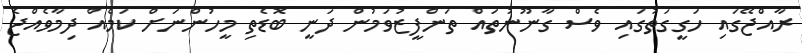
ރާއްޖޭގައި ހަގީގަތުގައި ވެސް ގާނޫނުތައް ތަންފީޒުވަމުން ދަނީ ބޮޑެތި މީހުންނަށް ކަމެއް ދިމާވެއްޖެ